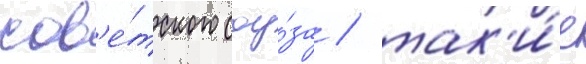
сов'е́тского соу́за / так'и́е